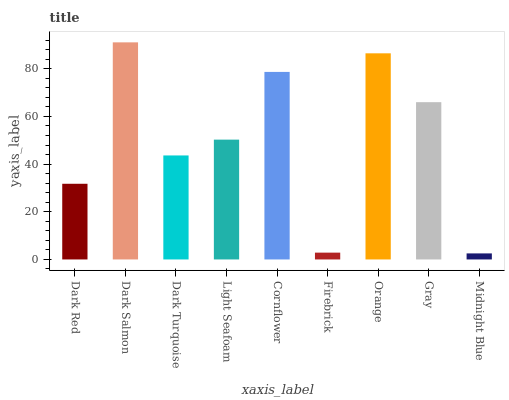
| xaxis_label | bars |
 | --- | --- |
 | Dark Red | 31.7 |
 | Dark Salmon | 91.1 |
 | Dark Turquoise | 43.6 |
 | Light Seafoam | 50.3 |
 | Cornflower | 78.7 |
 | Firebrick | 2.86 |
 | Orange | 86.5 |
 | Gray | 66 |
 | Midnight Blue | 2.54 |